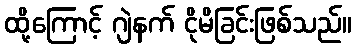
ထို့ကြောင့် ဂျဲနက် ငိုမိခြင်းဖြစ်သည်။